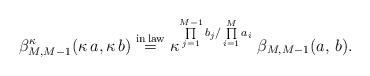
LaTeX: \begin{align*}\beta^{\kappa}_{M, M-1}(\kappa\,a, \kappa\,b) \overset{{\rm in \,law}}{=}\kappa^{\prod\limits_{j=1}^{M-1} b_j/\prod\limits_{i=1}^M a_i} \;\beta_{M, M-1}(a,\,b).\end{align*}